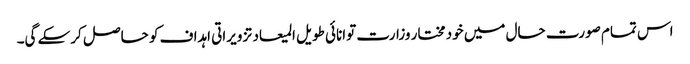
اس تمام صورت حال میں خود مختار وزارت توانائی طویل المیعاد تزویراتی اہداف کو حاصل کرسکے گی۔